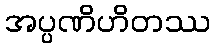
အပ္ပဏိဟိတဿ